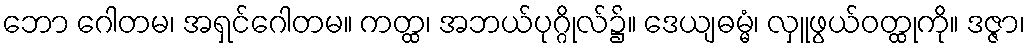
ဘော ဂေါတမ၊ အရှင်ဂေါတမ။ ကတ္ထ၊ အဘယ်ပုဂ္ဂိုလ်၌။ ဒေယျဓမ္မံ၊ လှူဖွယ်ဝတ္ထုကို။ ဒဇ္ဇာ၊